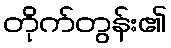
တိုက်တွန်း၏